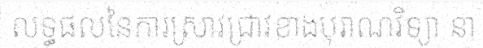
លទ្ធផលនៃការស្រាវជ្រាវខាងបុរាណវិទ្យា នា